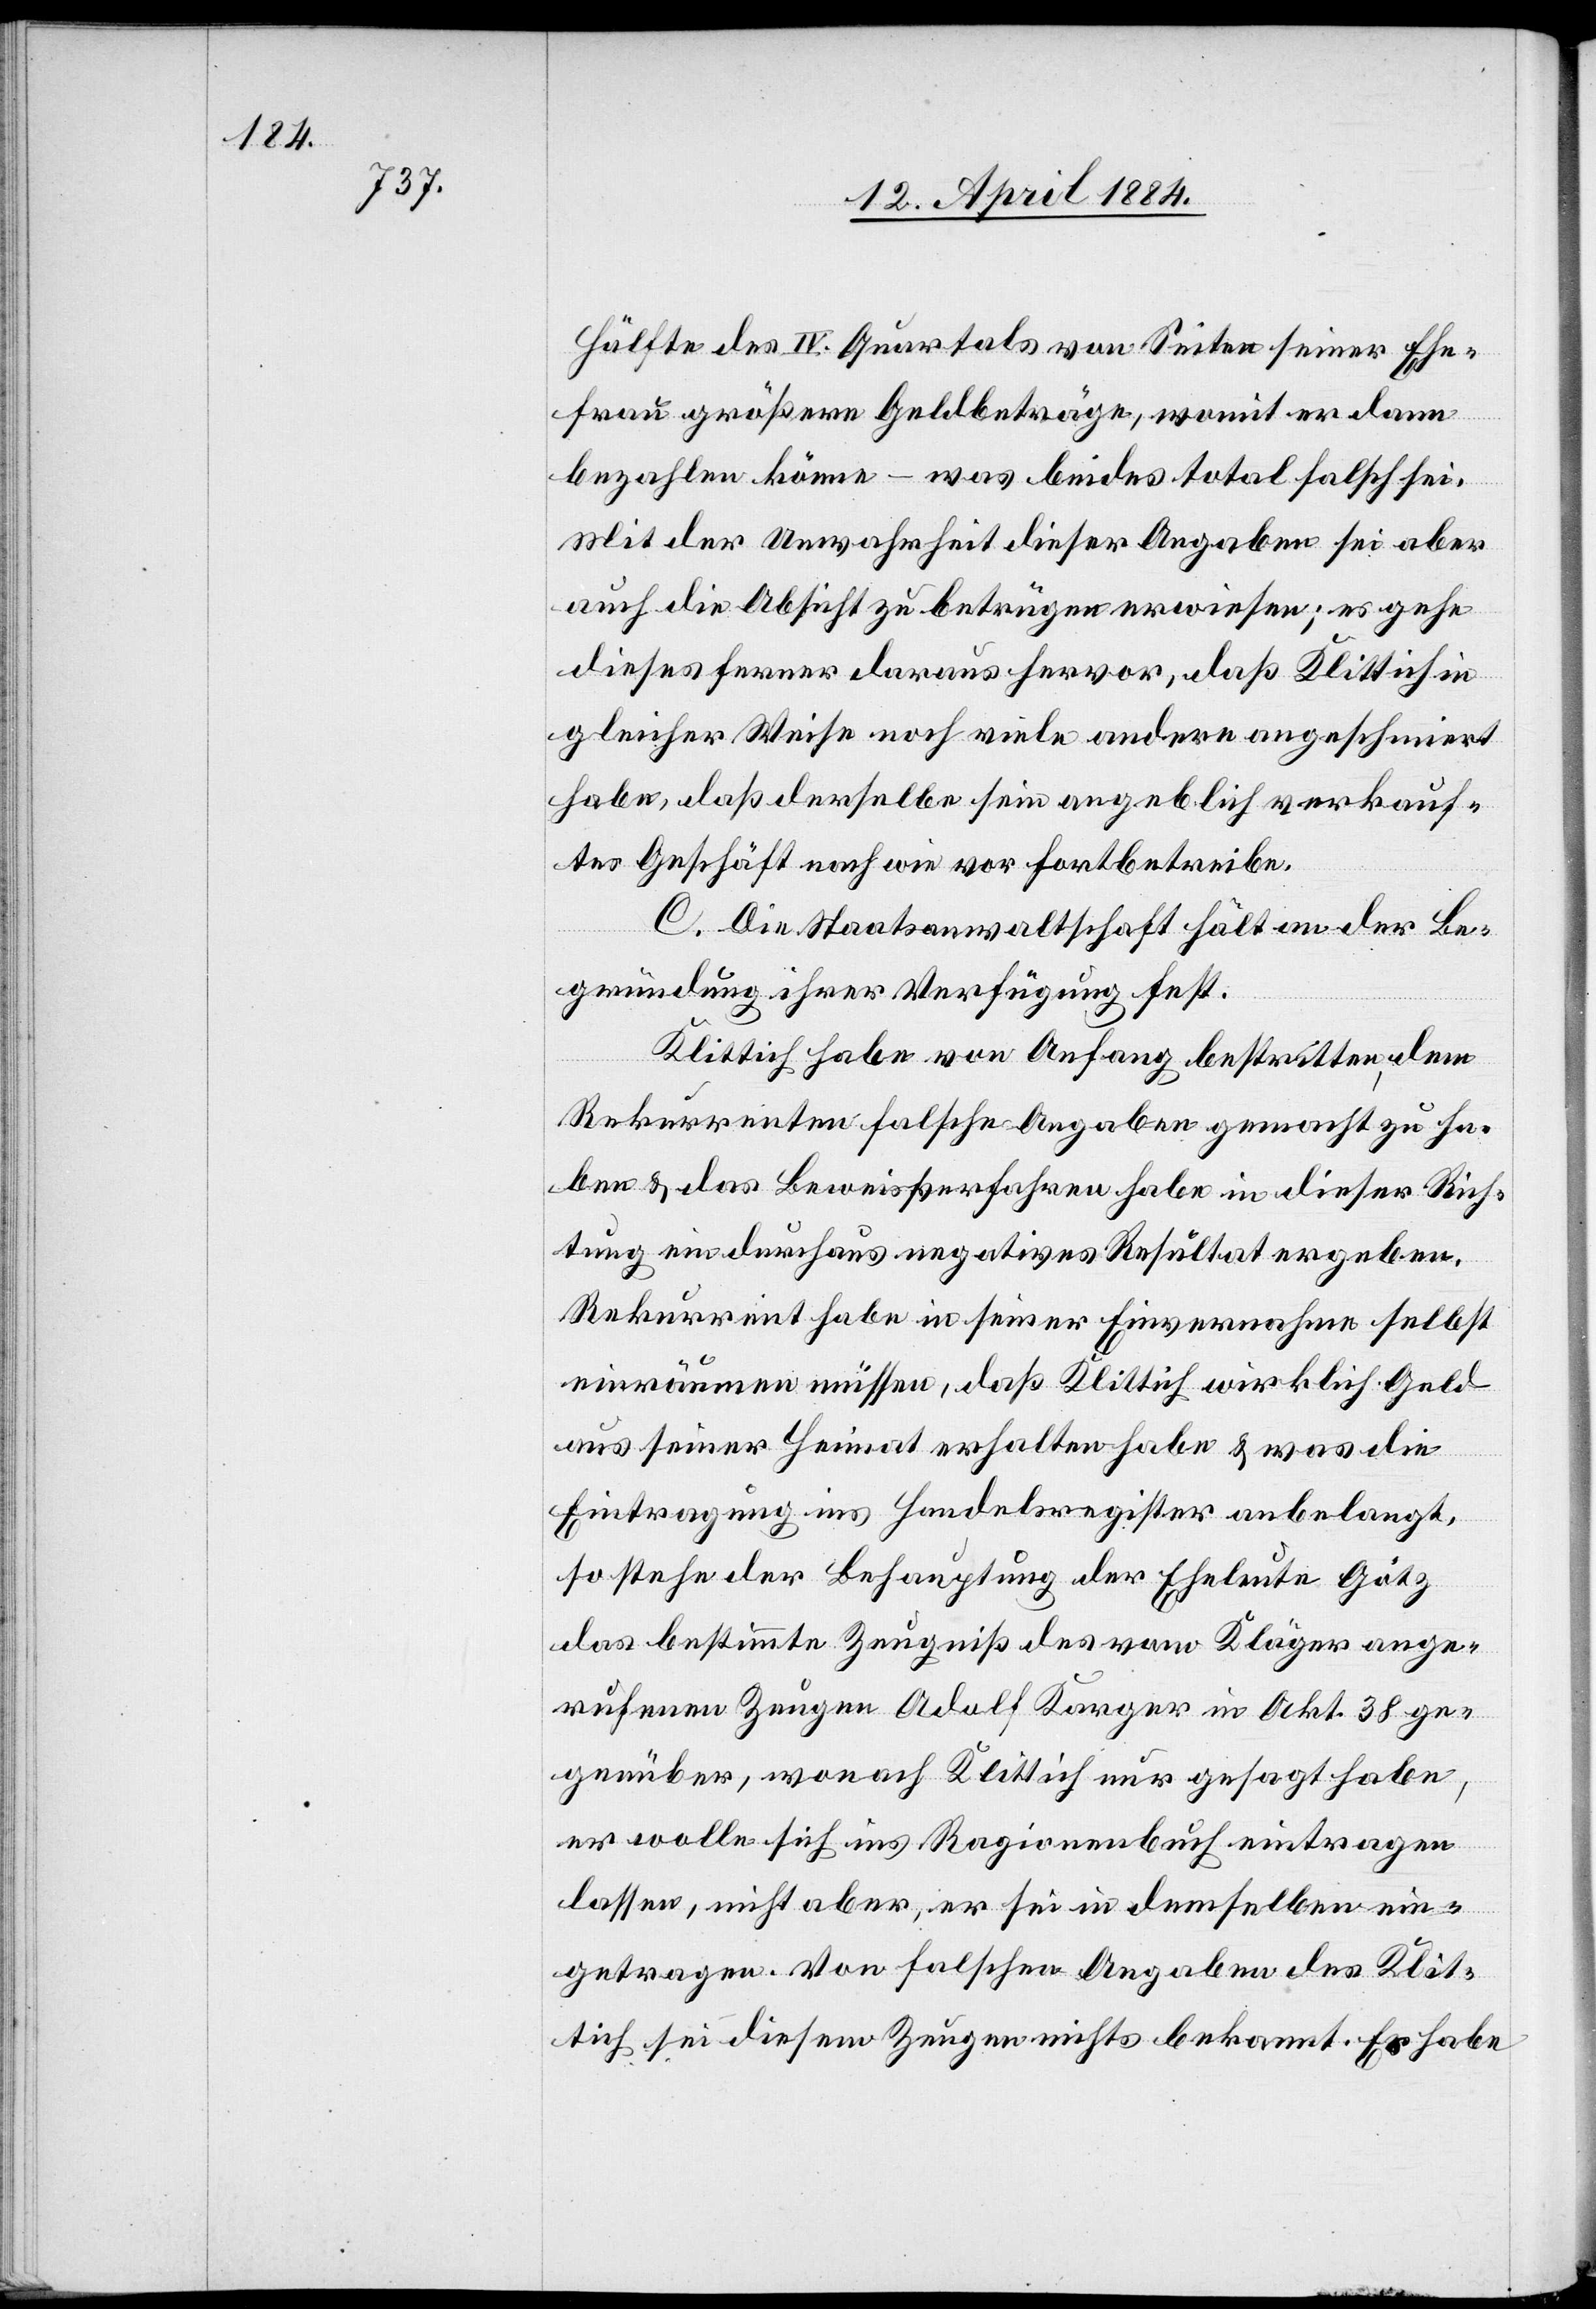
Hälfte des IV. Quartals von Seiten seiner Ehe¬
frau größere Geldbeträge, womit er dann
bezahlen könne – was beides total falsch sei.
Mit der Unwahrheit dieser Angaben sei aber
auch die Absicht zu betrügen erwiesen; es gehe
dieses ferner daraus hervor, daß Klittich in
gleicher Weise noch viele andere angeschmiert
habe, daß derselbe sein angeblich verkauf¬
tes Geschäft nach wie vor fortbetreibe.
C. Die Staatsanwaltschaft hält an der Be¬
gründung ihrer Verfügung fest.
Klittich habe von Anfang bestritten, dem
Rekurrenten falsche Angaben gemacht zu ha¬
ben & das Beweisverfahren habe in dieser Rich¬
tung ein durchaus negatives Resultat ergeben.
Rekurrent habe in seiner Einvernahme selbst
einräumen müssen, daß Klittich wirklich Geld
aus seiner Heimat erhalten habe & was die
Eintragung ins Handelsregister angelangt,
so stehe der Behauptung der Eheleute Götz
das bestimmte Zeugniß des vom Kläger ange¬
rufenen zeugen Adolf Karger in Akt. 38 ge¬
genüber, wonach Klittich nur gesagt habe,
er wolle sich ins Ragionenbuch eintragen
lassen, nicht aber, er sei in demselben ein¬
getragen. Von falschen Angaben des Klit¬
tich sei diesem Zeugen nichts bekannt. Es habe